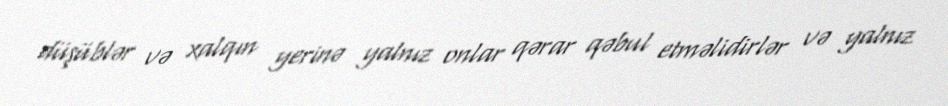
düşüblər və xalqın yerinə yalnız onlar qərar qəbul etməlidirlər və yalnız